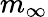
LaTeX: m_{\infty}